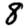
Digit: 8